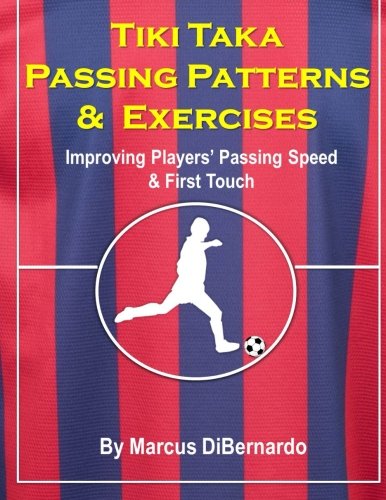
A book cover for Tiki Taka Passing Patterns & Exercises: Improving Players' Passing Speed & First Touch; Marcus DiBernardo; Sports & Outdoors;